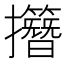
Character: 𢹽